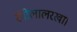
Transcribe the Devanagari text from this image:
रंगीलालरखा।